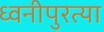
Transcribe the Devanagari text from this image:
ध्वनीपुरत्या